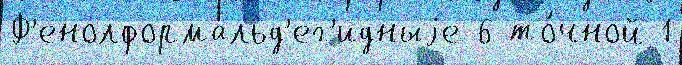
Ф'енолформальд'ег'идныjе 6 то́чной 1